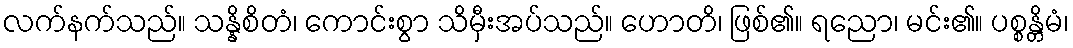
လက်နက်သည်။ သန္နိစိတံ၊ ကောင်းစွာ သိမှီးအပ်သည်။ ဟောတိ၊ ဖြစ်၏။ ရညော၊ မင်း၏။ ပစ္စန္တိမံ၊